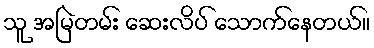
သူ အမြဲတမ်း ဆေးလိပ် သောက်နေတယ်။